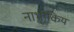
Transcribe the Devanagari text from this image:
नाभीकिय